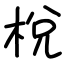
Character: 梲